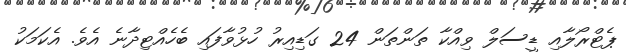
ޕެޓްރޯލާއި ޑީސަލް ވިއްކާ ތަންތަން 24 ގަޑިއިރު ހުޅުވާފައި ބެހެއްޓިދާނެ އެވެ. އެކަމަކު